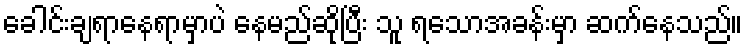
ခေါင်းချရာနေရာမှာပဲ နေမည်ဆိုပြီး သူ ရသောအခန်းမှာ ဆက်နေသည်။